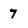
Character: 7